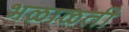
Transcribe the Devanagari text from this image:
भळाळती